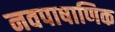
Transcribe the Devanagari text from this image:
नवपाषाणिक